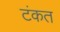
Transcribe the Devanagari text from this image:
टंकत